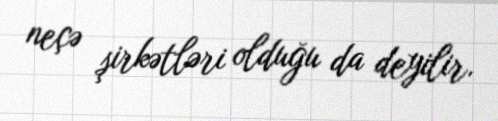
neçə şirkətləri olduğu da deyilir.